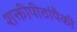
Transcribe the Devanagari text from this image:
शक्तीपीठांपैकी